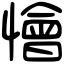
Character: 懀